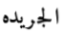
الجريده